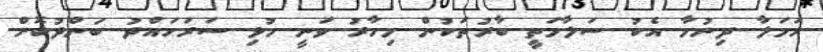
ހަމަލާ ދިނުމާ އެކު ސަލާމަތީ ބާރުތަކުން މިހާރު ވަނީ މުޅި ސަރަހައްދު ބަންދުކޮށް